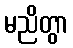
မညိတွာ